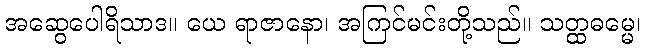
အဆွေပေါရိသာဒ။ ယေ ရာဇာနော၊ အကြင်မင်းတို့သည်။ သတ္ထဓမ္မေ၊